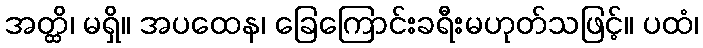
အတ္ထိ၊ မရှိ။ အပထေန၊ ခြေကြောင်းခရီးမဟုတ်သဖြင့်။ ပထံ၊